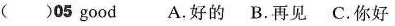
( )05good A.好的 B.再见 C.你好